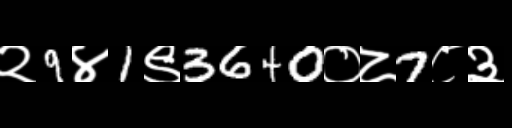
Text: २9४1९3640०८7८३